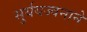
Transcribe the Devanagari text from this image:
सुर्ययज्वनाने